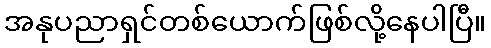
အနုပညာရှင်တစ်ယောက်ဖြစ်လို့နေပါပြီ။